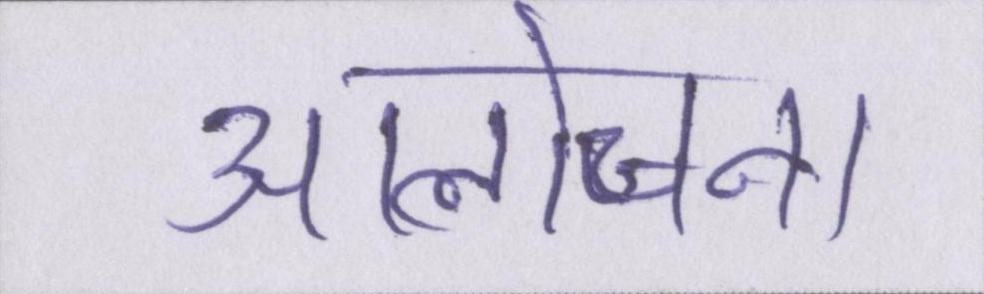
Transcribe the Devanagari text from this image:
आलोचना